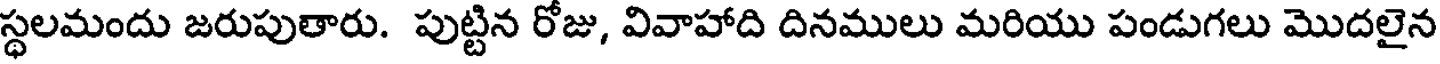
స్థలమందు జరుపుతారు. పుట్టిన రోజు, వివాహాది దినములు మరియు పండుగలు మొదలైన